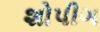
શોપીગ